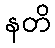
နတိ